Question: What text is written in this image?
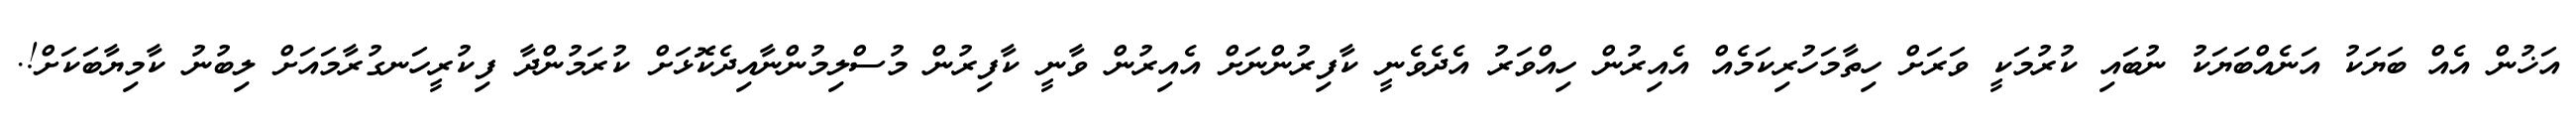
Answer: އަޚުން އެއް ބަޔަކު އަނެއްބަޔަކު ނުބައި ކުރުމަކީ ވަރަށް ހިތާމަހުރިކަމެއް އެއިރުން ހިއްވަރު އެދެވެނީ ކާފިރުންނަށް އެއިރުން ވާނީ ކާފިރުން މުސްލިމުންނާއިދެކޮޅަށް ކުރަމުންދާ ފިކުރީހަނގުރާމައަށް ލިބުނު ކާމިޔާބަކަށް!.